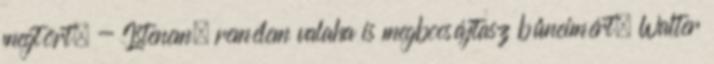
megtört. - Istenem, remélem valaha is megbocsájtasz bűneimért. Walter